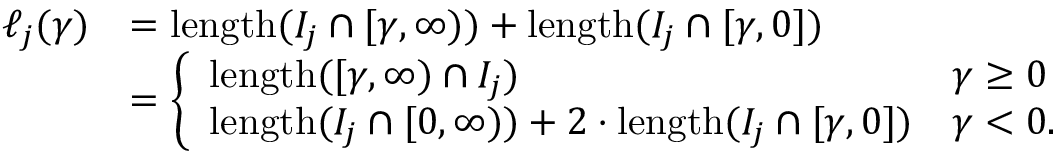
\begin{array} { r l } { \ell _ { j } ( \gamma ) } & { = \mathrm { l e n g t h } ( I _ { j } \cap [ \gamma , \infty ) ) + \mathrm { l e n g t h } ( I _ { j } \cap [ \gamma , 0 ] ) } \\ & { = \left\{ \begin{array} { l l } { \mathrm { l e n g t h } ( [ \gamma , \infty ) \cap I _ { j } ) } & { \gamma \ge 0 } \\ { \mathrm { l e n g t h } ( I _ { j } \cap [ 0 , \infty ) ) + 2 \cdot \mathrm { l e n g t h } ( I _ { j } \cap [ \gamma , 0 ] ) } & { \gamma < 0 . } \end{array} \right. } \end{array}